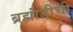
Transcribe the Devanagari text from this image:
ब्रह्मांडीची